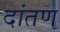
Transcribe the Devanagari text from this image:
दांतण